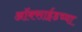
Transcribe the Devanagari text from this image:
ऑक्साईडच्या